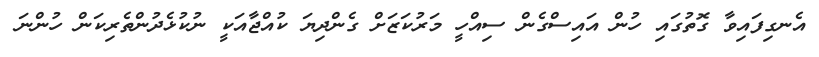
އެނގިފައިވާ ގޮތުގައި ހުން އައިސްގެން ސިއްހީ މަރުކަޒަށް ގެންދިޔަ ކުއްޖާއަކީ ނުކުޅެދުންތެރިކަން ހުންނަ